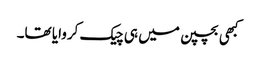
کبھی بچپن میں ہی چیک کروایا تھا۔